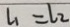
l _ { 1 } = l _ { 2 }